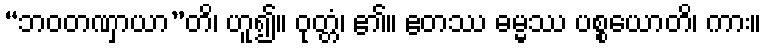
“ဘဝတဏှာယာ”တိ၊ ဟူ၍။ ဝုတ္တံ၊ ၏။ ဧတဿ ဓမ္မဿ ပစ္စယောတိ၊ ကား။